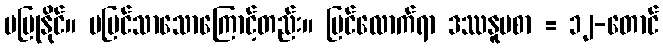
မပြုနိုင်။ မမြင်သာသောကြောင့်တည်း။ မြင်လောက်ရာ ဒဿနူပစာ = ၁၂-တောင်